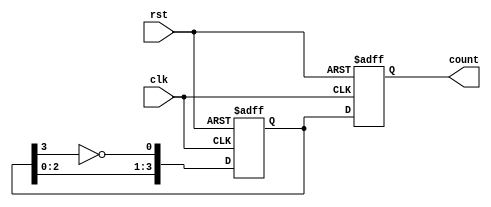
module johnson_counter(
    input wire clk,
    input wire rst,
    output reg [3:0] count
);

reg [3:0] next_count;

always @(posedge clk or posedge rst) begin
    if (rst) begin
        count <= 4'b0001;
        next_count <= 4'b0010;
    end else begin
        count <= next_count;
        next_count <= {next_count[2:0], ~next_count[3]};
    end
end

endmodule